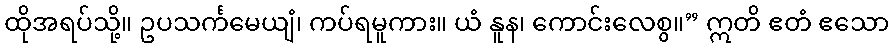
ထိုအရပ်သို့။ ဥပသင်္ကမေယျံ၊ ကပ်ရမူကား။ ယံ နူန၊ ကောင်းလေစွ။” ဣတိ ဧတံ ဧသော